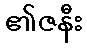
၏ဇနီး